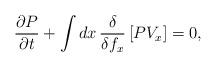
LaTeX: \begin{align*}\frac{\partial P}{\partial t} + \int dx\, \frac{\delta}{\delta f_x} \left[ PV_x\right] = 0 ,\end{align*}